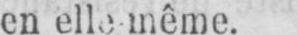
en elle même.